Indian journal of veterinary science and animal husbandry - Volumes 24-25, 1954-1955
Year: 1954
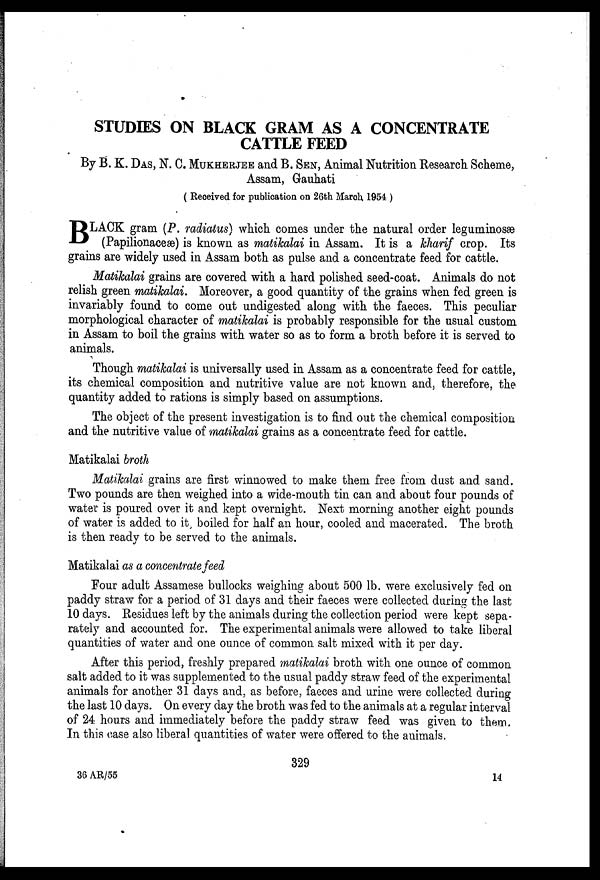
STUDIES ON BLACK GRAM AS A CONCENTRATE
CATTLE FEED
By B. K. D AS, N. C. MUKHERJEE and B. SEN, Animal Nutrition Research Scheme,
Assam, Gauhati
( Received for publication on 26th March 1954 )
BLACK gram (P. radiatus) which comes under the natural order leguminosæ
(Papilionaceæ) is known as matikalai in Assam. It is a kharif crop. Its
grains are widely used in Assam both as pulse and a concentrate feed for cattle.
Matikalai grains are covered with a hard polished seed-coat. Animals do not
relish green matikalai. Moreover, a good quantity of the grains when fed green is
invariably found to come out undigested along with the faeces. This peculiar
morphological character of matikalai is probably responsible for the usual custom
in Assam to boil the grains with water so as to form a broth before it is served to
animals.
Though matikalai is universally used in Assam as a concentrate feed for cattle,
its chemical composition and nutritive value are not known and, therefore, the
quantity added to rations is simply based on assumptions.
The object of the present investigation is to find out the chemical composition
and the nutritive value of matikalai grains as a concentrate feed for cattle.
Matikalai broth
Matikalai grains are first winnowed to make them free from dust and sand.
Two pounds are then weighed into a wide-mouth tin can and about four pounds of
water is poured over it and kept overnight. Next morning another eight pounds
of water is added to it boiled for half an hour, cooled and macerated. The broth
is then ready to be served to the animals.
Matikalai as a concentrate feed
Four adult Assamese bullocks weighing about 500 lb. were exclusively fed on
paddy straw for a period of 31 days and their faeces were collected during the last
10 days. Residues left by the animals during the collection period were kept sepa-
rately and accounted for. The experimental animals were allowed to take liberal
quantities of water and one ounce of common salt mixed with it per day.
After this period, freshly prepared matikalai broth with one ounce of common
salt added to it was supplemented to the usual paddy straw feed of the experimental
animals for another 31 days and as before, faeces and urine were collected during
the last 10 days. On every day the broth was fed to the animals at a regular interval
of 24 hours and immediately before the paddy straw feed was given to them.
In this case also liberal quantities of water were offered to the animals.
329
36 AR/55
14